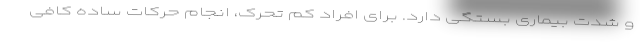
و شدت بیماری بستگی دارد. برای افراد کم تحرک، انجام حرکات ساده کافی